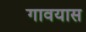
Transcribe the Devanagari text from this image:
गावयास